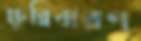
ক্ষুন্নিবারণ